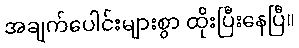
အချက်ပေါင်းများစွာ ထိုးပြီးနေပြီ။